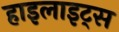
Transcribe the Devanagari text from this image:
हाइलाइट्स